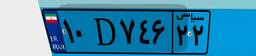
۱۰D۷۴۶۲۲